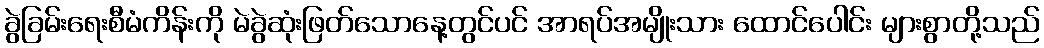
ခွဲခြမ်းရေးစီမံကိန်းကို မဲခွဲဆုံးဖြတ်သောနေ့တွင်ပင် အာရပ်အမျိုးသား ထောင်ပေါင်း များစွာတို့သည်